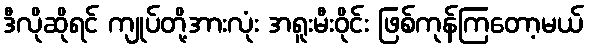
ဒီလိုဆိုရင် ကျုပ်တို့အားလုံး အရူးမီးဝိုင်း ဖြစ်ကုန်ကြတော့မယ်